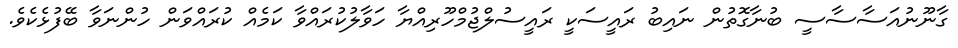
ގާނޫނުއަސާސާސީ ބުނާގޮތުން ނައިބު ރައީސަކީ ރައީސުލްޖުމްހޫރިއްޔާ ހަވާލުކުރައްވާ ކަމެއް ކުރައްވަން ހުންނަވާ ބޭފުޅެކެވެ.